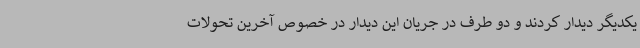
یکدیگر دیدار کردند و دو طرف در جریان این دیدار در خصوص آخرین تحولات